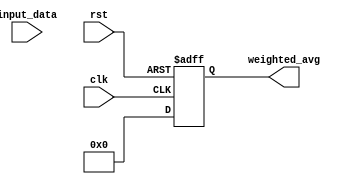
module weighted_moving_average_accumulator(
    input wire clk,
    input wire rst,
    input wire [7:0] input_data,
    output reg [15:0] weighted_avg
);

reg [7:0] weights [0:15]; // Predefined weights for each input data point
reg [7:0] accumulated_value;

always @(posedge clk or posedge rst) begin
    if (rst) begin
        accumulated_value <= 16'b0; // Reset accumulated value
        weighted_avg <= 16'b0; // Reset output
    end else begin
        accumulated_value <= accumulated_value + (input_data * weights[0]); // Calculate weighted sum
        weighted_avg <= accumulated_value >> 8; // Compute average
    end
end

endmodule